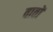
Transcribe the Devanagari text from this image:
वातों